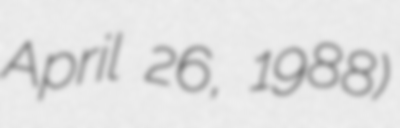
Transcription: April 26, 1988)